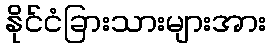
နိုင်ငံခြားသားများအား